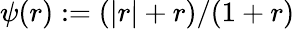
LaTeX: \psi(r):=(|r|+r)/(1+r)